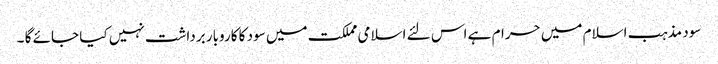
سود مذہب اسلام میں حرام ہے اس لئے اسلامی مملکت میں سود کا کاروبار برداشت نہیں کیا جائے گا ۔